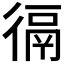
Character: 𢔸